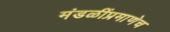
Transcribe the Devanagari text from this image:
मंडळींप्रमाणेच